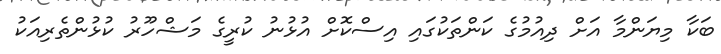
ބަކާ މިޔަންމާ އަށް ދިއުމުގެ ކަންތަކުގައި އިސްކޮށް އުޅުނު ކުރީގެ މަޝްހޫރު ކުޅުންތެރިއަކު